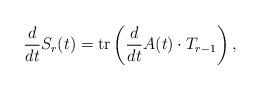
LaTeX: \begin{align*}\frac{d}{dt}S_r(t)={\rm tr}\left(\frac{d}{dt}A(t)\cdot T_{r-1}\right),\end{align*}